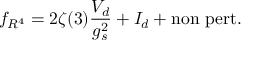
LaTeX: f _ { R ^ { 4 } } = 2 \zeta ( 3 ) \frac { V _ { d } } { g _ { s } ^ { 2 } } + I _ { d } + \mathrm { n o n ~ p e r t . }